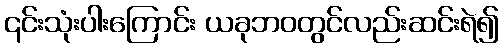
၎င်းသုံးပါးကြောင်း ယခုဘဝတွင်လည်းဆင်းရဲ၍